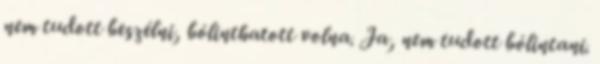
nem tudott beszélni, bólinthatott volna. Ja, nem tudott bólintani.